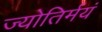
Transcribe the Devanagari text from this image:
ज्योतिर्मयं